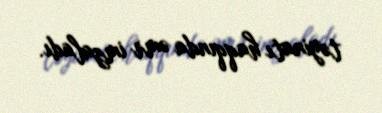
təyinatı haqqında əmr imzaladı.